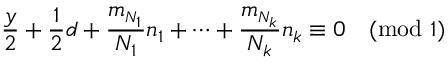
\frac { y } { 2 } + \frac { 1 } { 2 } d + \frac { m _ { \scriptscriptstyle { N _ { 1 } } } } { N _ { 1 } } n _ { 1 } + \cdots + \frac { m _ { \scriptscriptstyle { N _ { k } } } } { N _ { k } } n _ { k } \equiv 0 \pmod 1